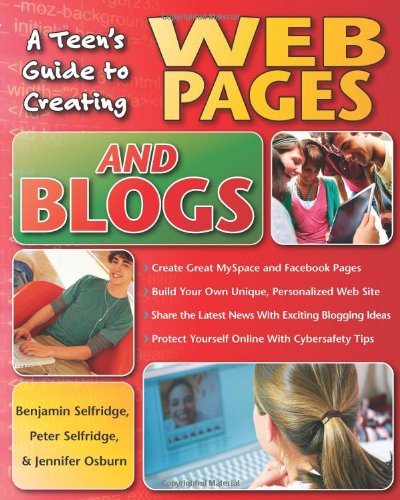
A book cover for A Teen's Guide to Creating Web Pages and Blogs; Benjamin Selfridge; Teen & Young Adult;